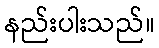
နည်းပါးသည်။